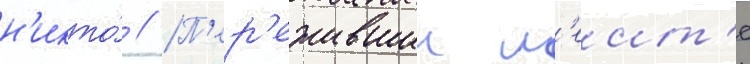
н'икто́ // П'ер'ежившии л'еит'е